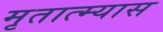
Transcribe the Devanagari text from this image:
मृतात्म्यास